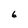
Character: 6